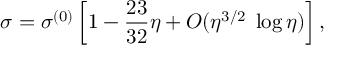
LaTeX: \sigma = \sigma ^ { ( 0 ) } \left[ 1 - \frac { 2 3 } { 3 2 } \eta + { \cal O } ( \eta ^ { 3 / 2 } \; \log \eta ) \right] ,